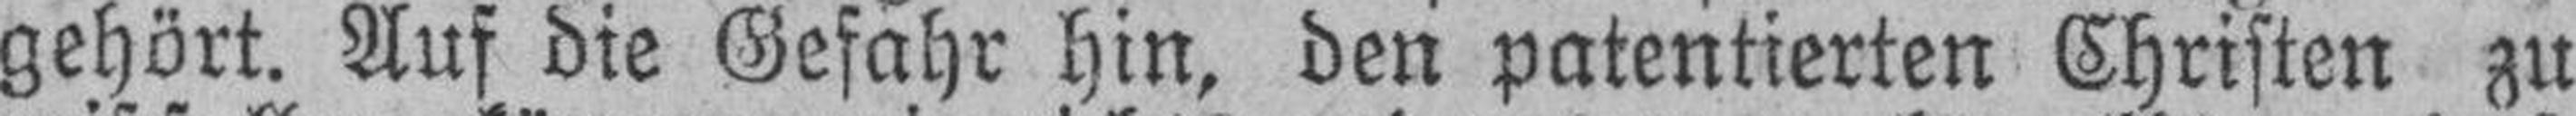
gehört. Auf die Gefahr hin, den patentierten Christen zu